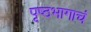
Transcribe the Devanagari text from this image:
पृष्ठभागाचं